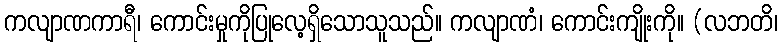
ကလျာဏကာရီ၊ ကောင်းမှုကိုပြုလေ့ရှိသောသူသည်။ ကလျာဏံ၊ ကောင်းကျိုးကို။ (လဘတိ၊